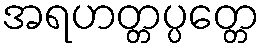
အရဟတ္တပ္ပတ္တေ